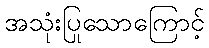
အသုံးပြုသောကြောင့်